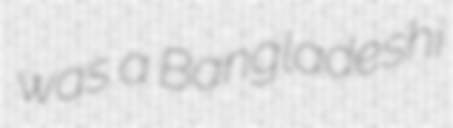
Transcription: was a Bangladeshi